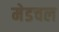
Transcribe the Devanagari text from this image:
मेडचल